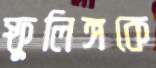
স্ফুলিঙ্গকে